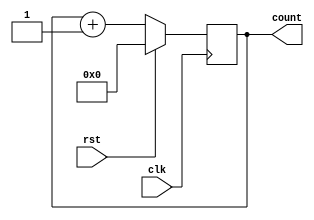
module counter(input wire clk, input wire rst, output wire[3:0] count);
  reg [3:0] counter;
  reg some_value;
  assign count = counter;

  always @(posedge clk) begin
    if (rst) begin
      counter <= #1 0;
      some_value <= #1 1'b0;
    end else begin
      counter <= #1 counter + 4'h1;
    end
  end
endmodule